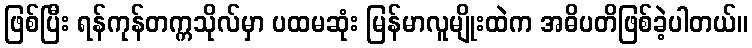
ဖြစ်ပြီး ရန်ကုန်တက္ကသိုလ်မှာ ပထမဆုံး မြန်မာလူမျိုးထဲက အဓိပတိဖြစ်ခဲ့ပါတယ်။